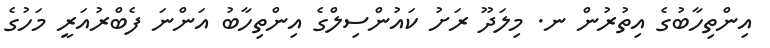
އިންތިހާބުގެ އިތުރުން ނ. މިލަދޫ ރަށު ކައުންސިލްގެ އިންތިހާބު އަންނަ ފެބްރުއަރީ މަހުގެ